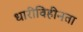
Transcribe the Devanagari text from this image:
धारीविहीनता